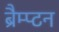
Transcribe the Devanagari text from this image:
ब्रैम्प्टन